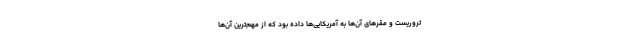
تروریست و مقر‌های آن‌ها به آمریکایی‌ها داده بود که از مهم‌ترین آن‌ها